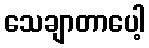
သေချာတာပေါ့